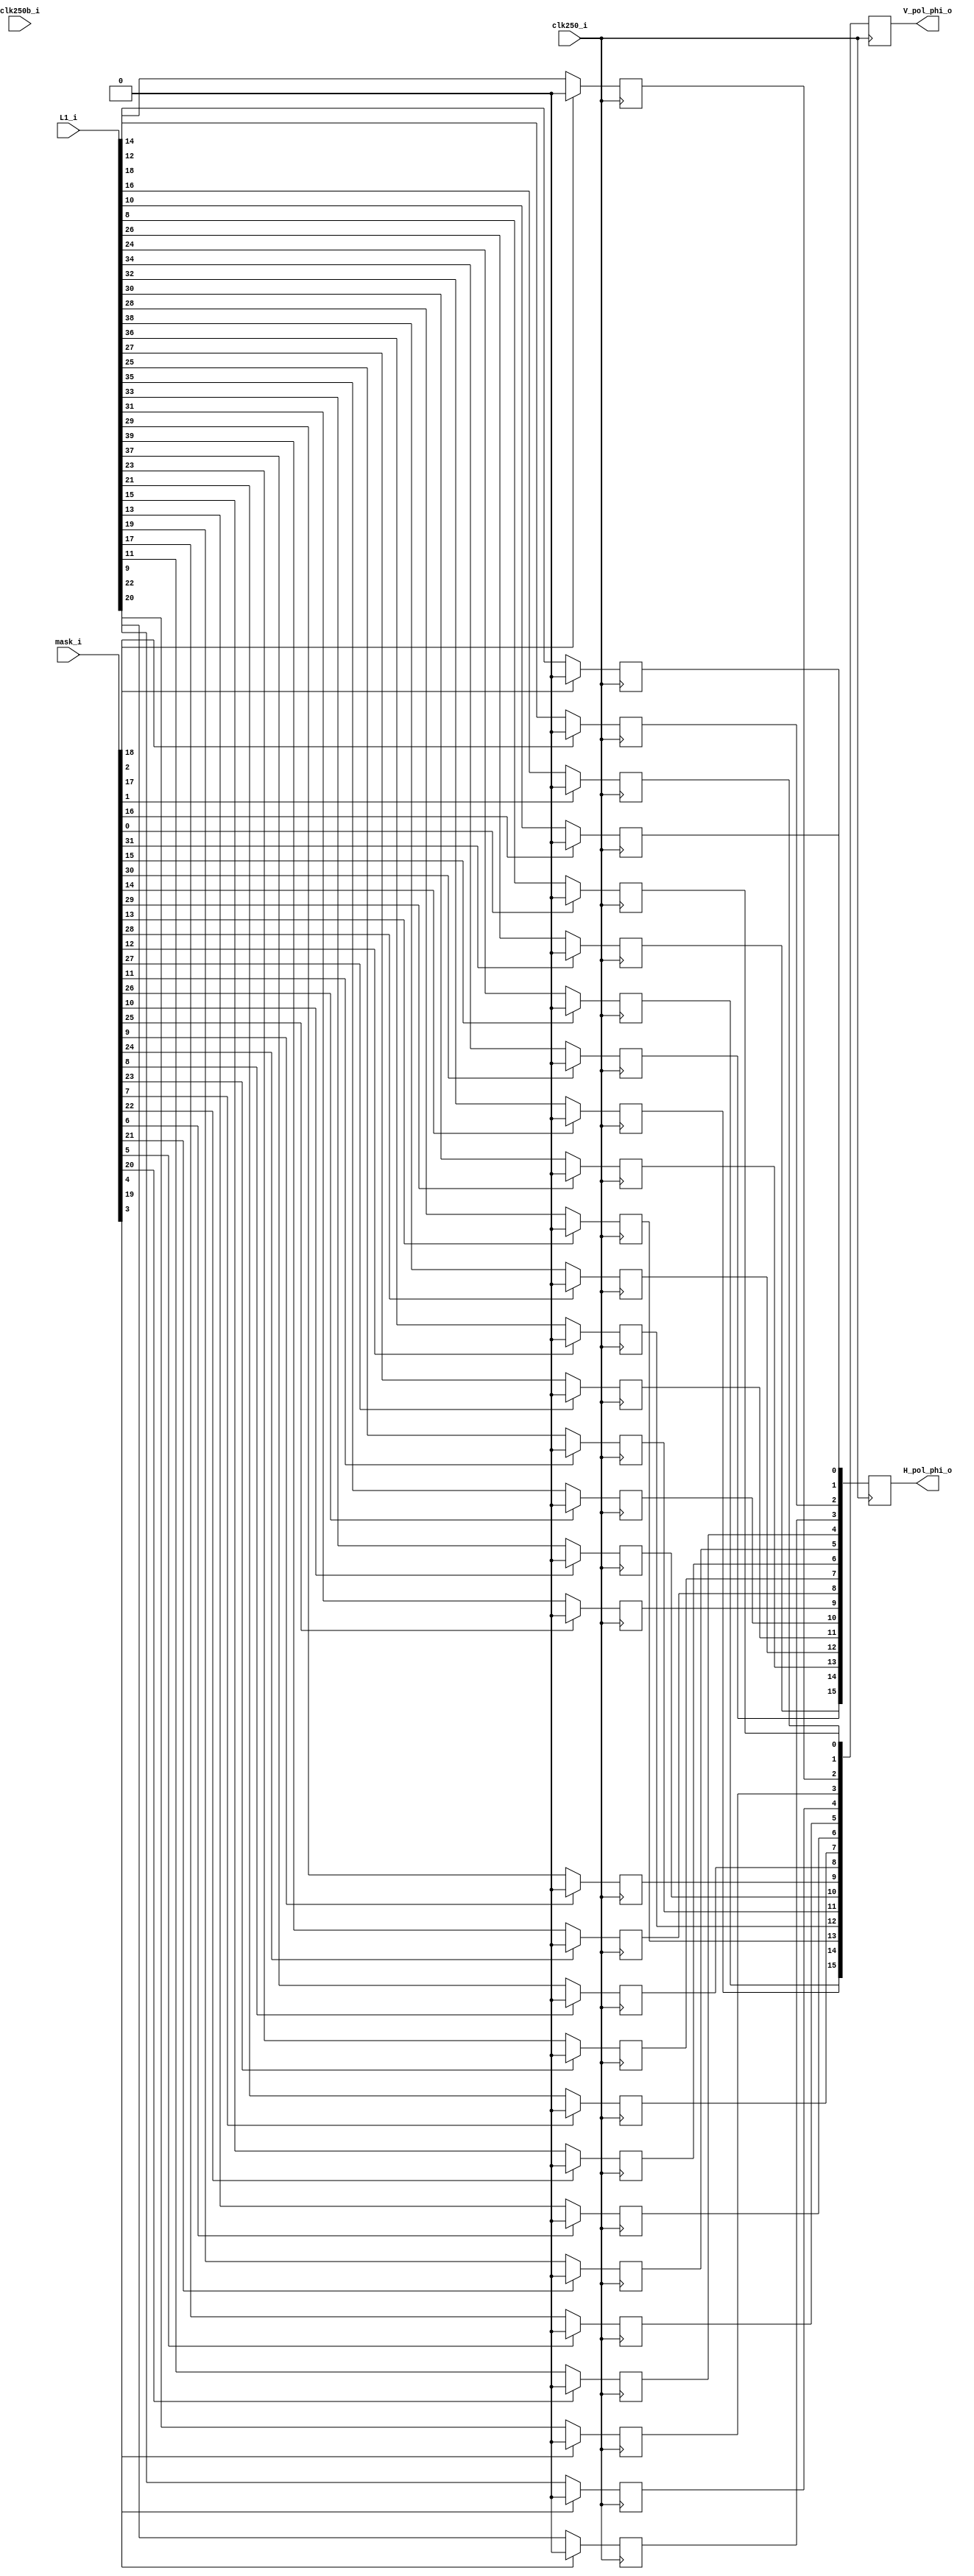
`timescale 1ns / 1ps
////////////////////////////////////////////////////////////////////////////////
// This file is a part of the Antarctic Impulsive Transient Antenna (ANITA)
// project, a collaborative scientific effort between multiple institutions. For
// more information, contact Peter Gorham (gorham@phys.hawaii.edu).
//
// All rights reserved.
//
// Author:
// Author:
////////////////////////////////////////////////////////////////////////////////
module ANITA3_simple_trigger_map(
		clk250_i,
		clk250b_i,
		L1_i,
		mask_i,
		V_pol_phi_o,
		H_pol_phi_o
    );

	parameter NUM_SURFS = 12;
	parameter NUM_TRIG = 4;
	parameter NUM_PHI = 16;
	input clk250_i;
	input clk250b_i;
	input [NUM_SURFS*NUM_TRIG-1:0] L1_i;
	input [2*NUM_PHI-1:0] mask_i;
	output [NUM_PHI-1:0] V_pol_phi_o;
	output [NUM_PHI-1:0] H_pol_phi_o;
	wire [NUM_PHI-1:0] V_pol_phi_in;
	wire [NUM_PHI-1:0] H_pol_phi_in;
	
	// Remap to SURFs.
	wire [NUM_TRIG-1:0] SURF_L1[NUM_SURFS-1:0];
	generate
		genvar s;
		for (s=0;s<NUM_SURFS;s=s+1) begin : SL
			assign SURF_L1[s] = L1_i[4*s +: 4];
		end
	endgenerate
		
	wire [NUM_PHI-1:0] V_pol_mask = mask_i[0 +: NUM_PHI];
	wire [NUM_PHI-1:0] H_pol_mask = mask_i[NUM_PHI +: NUM_PHI];
	
	(* IOB = "TRUE" *)
	reg [NUM_PHI-1:0] V_pol_phi_reg = {NUM_PHI{1'b0}};
	(* IOB = "TRUE" *)
	reg [NUM_PHI-1:0] H_pol_phi_reg = {NUM_PHI{1'b0}};
	
	reg [NUM_PHI-1:0] V_pol_phi_pipe = {NUM_PHI{1'b0}};
	reg [NUM_PHI-1:0] H_pol_phi_pipe = {NUM_PHI{1'b0}};

	assign V_pol_phi_in[0] = SURF_L1[2][0];
	assign V_pol_phi_in[4] = SURF_L1[2][1];
	assign H_pol_phi_in[0] = SURF_L1[2][2];
	assign H_pol_phi_in[4] = SURF_L1[2][3];

	// TEMPORARY MOVE!!!!
	// SURF 3 should have phi sectors 2 and 6.
	// SURF 3 should have phi sectors 1 and 5.
	
	// We're temporarily switching phi sectors 2 and 5.
// CORRECT
	assign V_pol_phi_in[2] = SURF_L1[3][0];
	assign V_pol_phi_in[6] = SURF_L1[3][1];
	assign H_pol_phi_in[2] = SURF_L1[3][2];
	assign H_pol_phi_in[6] = SURF_L1[3][3];

	assign V_pol_phi_in[1] = SURF_L1[4][0];
	assign V_pol_phi_in[5] = SURF_L1[4][1];
	assign H_pol_phi_in[1] = SURF_L1[4][2];
	assign H_pol_phi_in[5] = SURF_L1[4][3];

// WRONG
//	assign V_pol_phi_in[5] = SURF_L1[3][0];
//	assign V_pol_phi_in[6] = SURF_L1[3][1];
//	assign H_pol_phi_in[5] = SURF_L1[3][2];
//	assign H_pol_phi_in[6] = SURF_L1[3][3];
//
//	assign V_pol_phi_in[1] = SURF_L1[4][0];
//	assign V_pol_phi_in[2] = SURF_L1[4][1];
//	assign H_pol_phi_in[1] = SURF_L1[4][2];
//	assign H_pol_phi_in[2] = SURF_L1[4][3];

	assign V_pol_phi_in[3] = SURF_L1[5][0];
	assign V_pol_phi_in[7] = SURF_L1[5][1];
	assign H_pol_phi_in[3] = SURF_L1[5][2];
	assign H_pol_phi_in[7] = SURF_L1[5][3];

	assign V_pol_phi_in[15] = SURF_L1[6][0];
	assign V_pol_phi_in[11] = SURF_L1[6][1];
	assign H_pol_phi_in[15] = SURF_L1[6][2];
	assign H_pol_phi_in[11] = SURF_L1[6][3];

	assign V_pol_phi_in[13] = SURF_L1[7][0];
	assign V_pol_phi_in[9] = SURF_L1[7][1];
	assign H_pol_phi_in[13] = SURF_L1[7][2];
	assign H_pol_phi_in[9] = SURF_L1[7][3];

	assign V_pol_phi_in[14] = SURF_L1[8][0];
	assign V_pol_phi_in[10] = SURF_L1[8][1];
	assign H_pol_phi_in[14] = SURF_L1[8][2];
	assign H_pol_phi_in[10] = SURF_L1[8][3];

	assign V_pol_phi_in[12] = SURF_L1[9][0];
	assign V_pol_phi_in[8] = SURF_L1[9][1];
	assign H_pol_phi_in[12] = SURF_L1[9][2];
	assign H_pol_phi_in[8] = SURF_L1[9][3];

	generate
		genvar j;
		for (j=0;j<NUM_PHI;j=j+1) begin : PHI
			always @(posedge clk250_i) begin : IFF
				if (V_pol_mask[j]) V_pol_phi_reg[j] <= 0;
				else V_pol_phi_reg[j] <= V_pol_phi_in[j];
					
				if (H_pol_mask[j]) H_pol_phi_reg[j] <= 0;
				else H_pol_phi_reg[j] <= H_pol_phi_in[j];
				
				V_pol_phi_pipe <= V_pol_phi_reg;
				H_pol_phi_pipe <= H_pol_phi_reg;
			end
		end
	endgenerate

	assign V_pol_phi_o = V_pol_phi_pipe;
	assign H_pol_phi_o = H_pol_phi_pipe;
	
endmodule